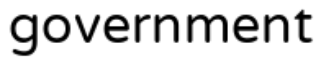
government